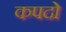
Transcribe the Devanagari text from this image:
कपदो